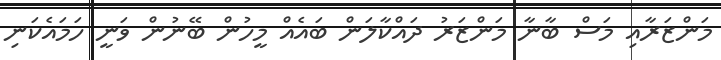
މަންޒަރާއި މަސް ބާނާ މަންޒަރު ދައްކާލަން ބައެއް މީހުން ބޭނުން ވަނީ ހަމައެކަނި